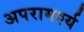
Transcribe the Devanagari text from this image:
अपरामर्श्य